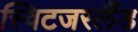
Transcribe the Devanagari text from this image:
स्विटजरर्लैंड